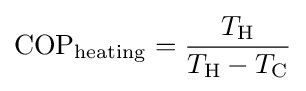
{\rm {COP}}_{\rm {heating}}={\frac {T_{\rm {H}}}{T_{\rm {H}}-T_{\rm {C}}}}